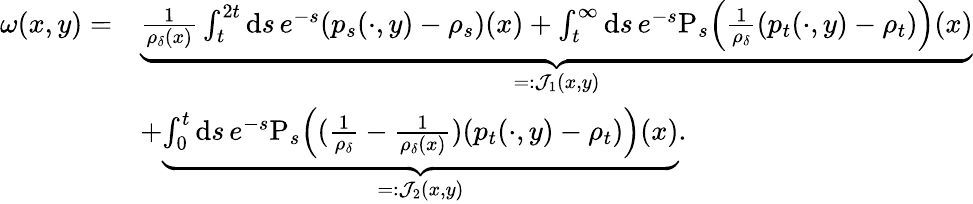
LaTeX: \begin{array}{rl}{\omega(x,y)=}&{\underbrace{\frac{1}{\rho_{\delta}(x)}\int_{t}^{2t}\mathrm{d}s\, e^{-s}(p_{s}(\cdot,y)-\rho_{s})(x)+\int_{t}^{\infty}\mathrm{d}s\, e^{-s}\mathrm{P}_{s}\Big(\frac{1}{\rho_{\delta}}(p_{t}(\cdot,y)-\rho_{t})\Big)(x)}_{=:\mathcal{J}_{1}(x,y)}}\\ &{+\underbrace{\int_{0}^{t}\mathrm{d}s\, e^{-s}\mathrm{P}_{s}\Big((\frac{1}{\rho_{\delta}}-\frac{1}{\rho_{\delta}(x)})(p_{t}(\cdot,y)-\rho_{t})\Big)(x)}_{=:\mathcal{J}_{2}(x,y)}.}\end{array}